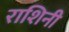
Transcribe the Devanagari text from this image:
राशिनी